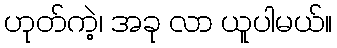
ဟုတ်ကဲ့၊ အခု လာ ယူပါမယ်။